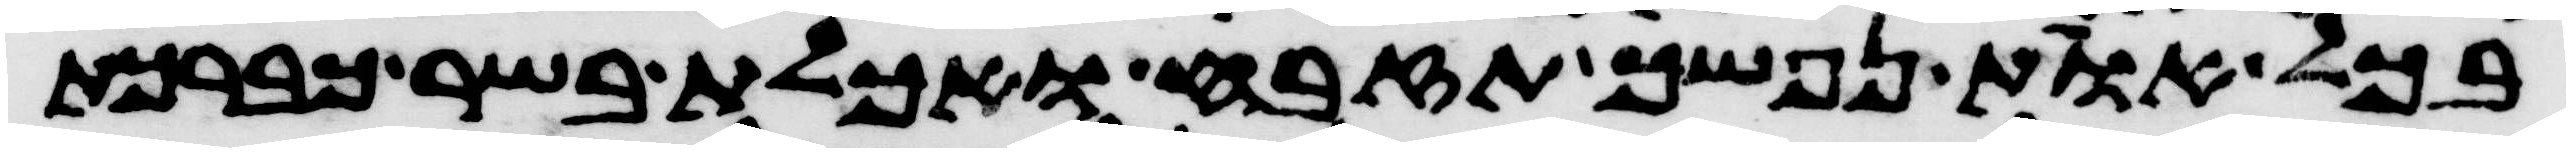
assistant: בכל אות נפשך תזבח ואכלת בשר כברכת